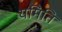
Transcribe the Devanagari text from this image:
यमिति